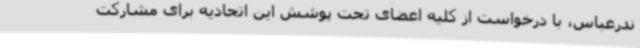
ندرعباس، با درخواست از کلیه اعضای تحت پوشش این اتحادیه برای مشارکت